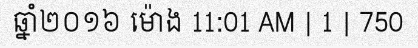
ឆ្នាំ២០១៦ ម៉ោង 11:01 AM | 1 | 750